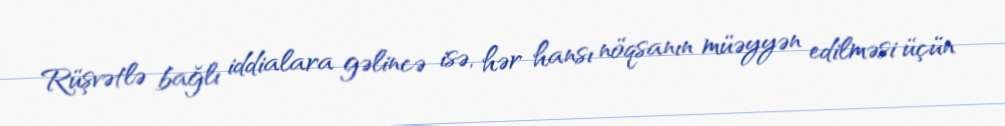
Rüşvətlə bağlı iddialara gəlincə isə, hər hansı nöqsanın müəyyən edilməsi üçün